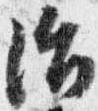
治